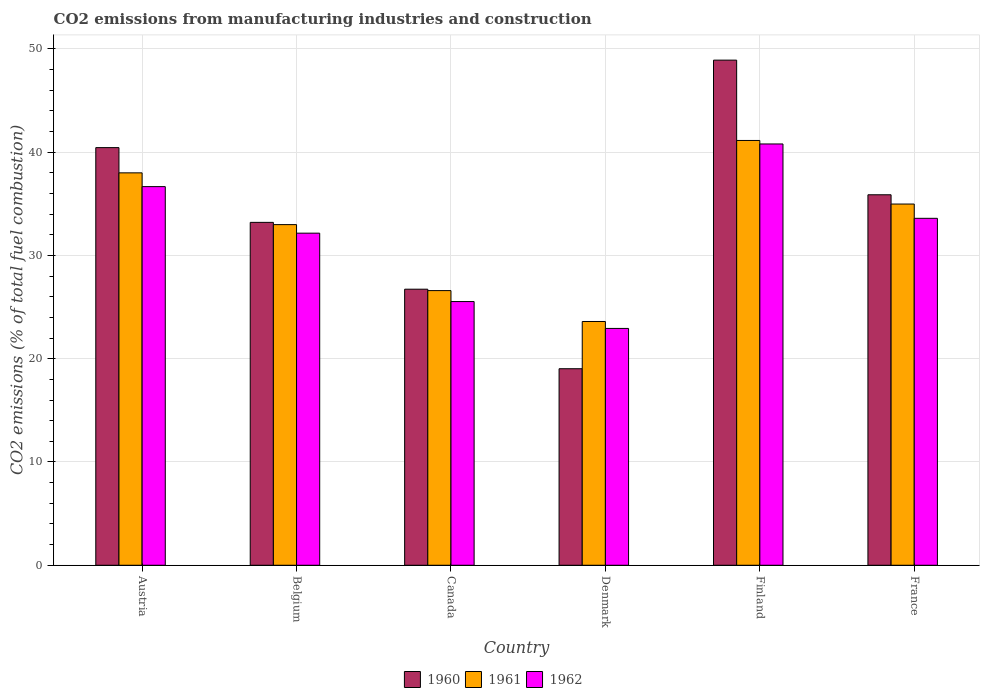
| Country | 1960 | 1961 | 1962 |
 | --- | --- | --- | --- |
 | Austria | 40.4 | 38 | 36.7 |
 | Belgium | 33.2 | 33 | 32.2 |
 | Canada | 26.7 | 26.6 | 25.5 |
 | Denmark | 19 | 23.6 | 22.9 |
 | Finland | 48.9 | 41.1 | 40.8 |
 | France | 35.9 | 35 | 33.6 |